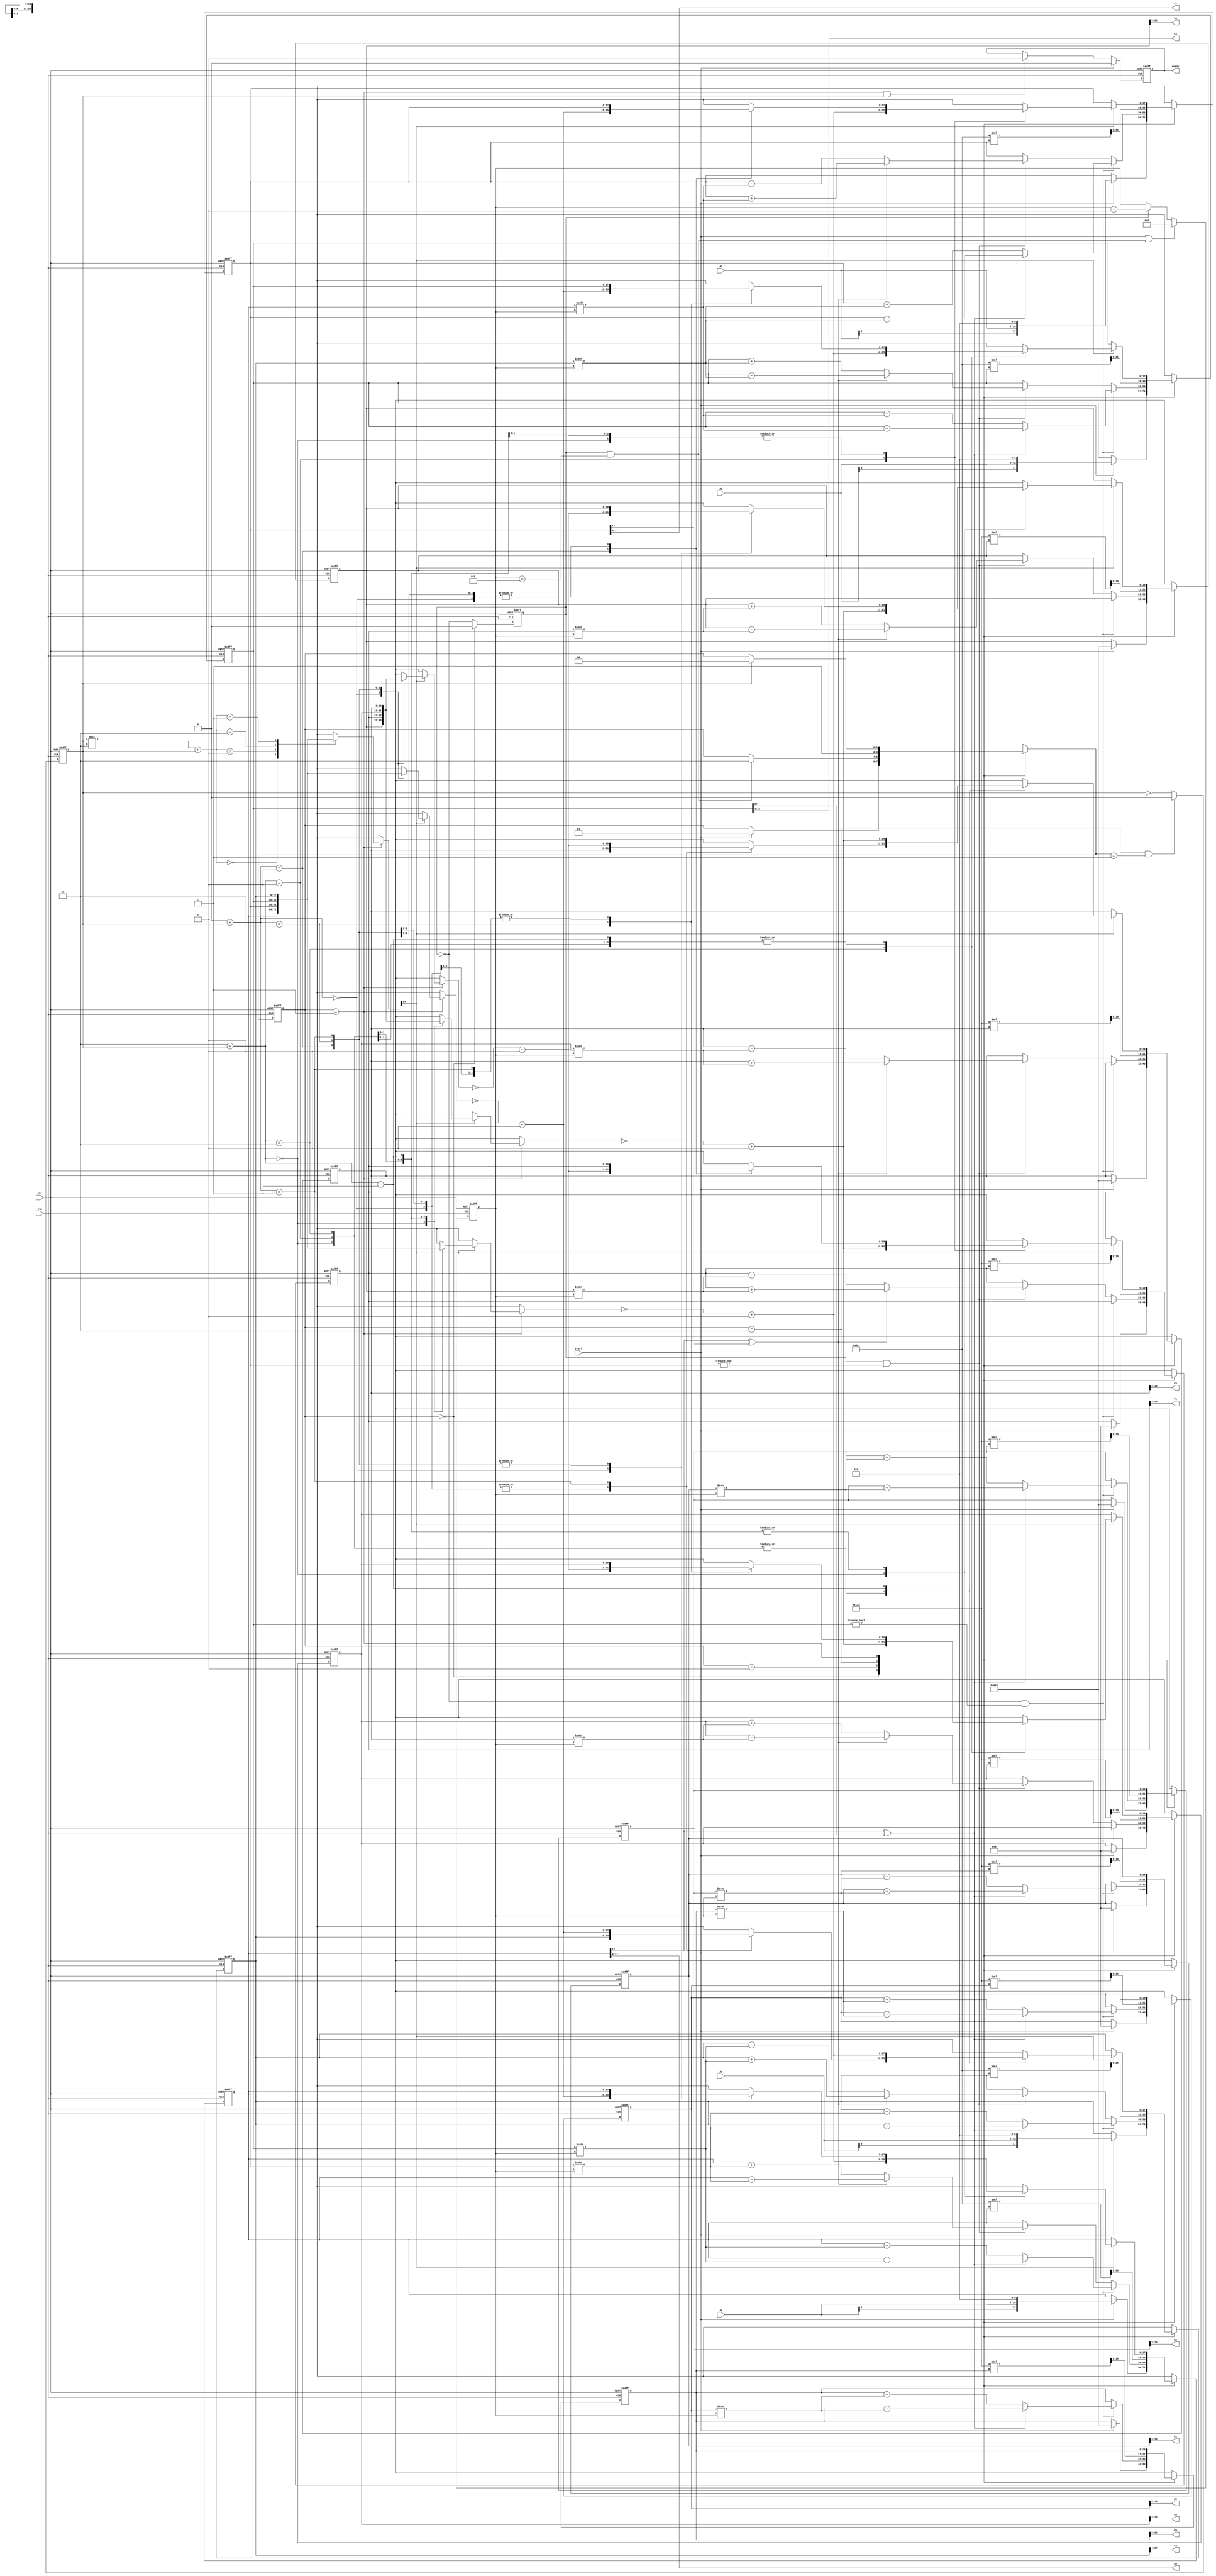
`timescale 1ns/10ps
module cordic(
	clk, 
	rst, 
	start,
	ready,
	A0, A1, A2, A3,
	U0, U1, U2, U3,
	S0, S1, S2, S3,  
	V0, V1, V2, V3
);

input                clk, rst, start;
input  signed [9:0]  A0, A1, A2, A3; //7 integer, 2 fragment

output reg           ready;
wire                 ready_next;

output signed [13:0] S0, S1, S2, S3;  //S: 8 integer, 5 fragment
output signed [7:0]  U0, U1, U2, U3, V0, V1, V2, V3; // UV: 1 integer, 6 fragment
reg    signed [10:0] U[0:1][0:1],           //1 sign, 1 integer, 9 fragment
				     U_next[0:1][0:1],
				     V[0:1][0:1],
				     V_next[0:1][0:1];
reg    signed [17:0] S[0:1][0:1],           //1 sign, 8 integer, 9 fragment
				     S_next[0:1][0:1];

reg                  uv_count;
wire                 uv_count_next;
reg    		  [3:0]  i_count;
wire   		  [3:0]  i_count_next;
reg                  ref_count;
wire                 ref_count_next;
reg           [1:0]  state, 
                     state_next;

reg    signed [26:0] temp_S[0:1][0:1];
reg    signed [19:0] temp_U[0:1][0:1],
					 temp_V[0:1][0:1];


parameter UV_COUNT  = 1'd1;
parameter I_COUNT   = 4'd9;
parameter REF_COUNT = 1'd1;

parameter WAIT      = 2'd0;
parameter ROTATE    = 2'd1;
parameter MULTIPLY  = 2'd2;
parameter REFLECT   = 2'd3;

wire signed [17:0] KS  = 18'b0_0000_0000_010_111_100;
wire signed [10:0] KUV = 11'b0_0_100_110_101;

integer i, j;

assign uv_count_next  = (state == WAIT)? 1'd0: ~uv_count;
assign i_count_next   = (start == 1'd1 || (uv_count == UV_COUNT && i_count == I_COUNT))? 
                            4'd0: (uv_count == UV_COUNT)? i_count + 4'd1: i_count;
assign ref_count_next = (state == MULTIPLY && state_next == REFLECT)? 1'd0: ~ref_count;
assign ready_next = (start == 1'd1)? 1'd0: (state == REFLECT && ref_count == REF_COUNT)? 1'd1: ready;

assign S0 = S[0][0] >>> 4;
assign S1 = S[0][1] >>> 4;
assign S2 = S[1][0] >>> 4;
assign S3 = S[1][1] >>> 4;

assign U0 = U[0][0] >>> 3;
assign U1 = U[0][1] >>> 3;
assign U2 = U[1][0] >>> 3;
assign U3 = U[1][1] >>> 3;

assign V0 = V[0][0] >>> 3;
assign V1 = V[0][1] >>> 3;
assign V2 = V[1][0] >>> 3;
assign V3 = V[1][1] >>> 3;

// calculation state
always@(*) begin
	state_next = state;
	case(state)
		WAIT:     if(start == 1'd1) state_next = ROTATE;
		ROTATE:   if(uv_count == UV_COUNT && i_count == I_COUNT) state_next = MULTIPLY;
		MULTIPLY: state_next = REFLECT;
		REFLECT:  if(ref_count == REF_COUNT) state_next = WAIT;
	endcase
end

always@(*) begin
	S_next[0][0] = S[0][0];
	S_next[0][1] = S[0][1];
	S_next[1][0] = S[1][0];
	S_next[1][1] = S[1][1];

	U_next[0][0] = U[0][0];
	U_next[0][1] = U[0][1];
	U_next[1][0] = U[1][0];
	U_next[1][1] = U[1][1];

	V_next[0][0] = V[0][0];
	V_next[0][1] = V[0][1];
	V_next[1][0] = V[1][0];
	V_next[1][1] = V[1][1];

	case(state)
		WAIT: begin
			if(start == 1'd1) begin
				S_next[0][0] = $signed({ {2{A0[9]}}, A0[8:0], 7'b0 });
				S_next[0][1] = $signed({ {2{A1[9]}}, A1[8:0], 7'b0 });
				S_next[1][0] = $signed({ {2{A2[9]}}, A2[8:0], 7'b0 });
				S_next[1][1] = $signed({ {2{A3[9]}}, A3[8:0], 7'b0 });

				U_next[0][0] = 11'd512;
				U_next[0][1] = 11'd0;
				U_next[1][0] = 11'd0;
				U_next[1][1] = 11'd512;

				V_next[0][0] = 11'd512;
				V_next[0][1] = 11'd0;
				V_next[1][0] = 11'd0;
				V_next[1][1] = 11'd512;
			end
		end
		ROTATE: begin
		    if(uv_count == 1'd0 && S[1][0] != $signed(18'd0)) begin // left rotation, U
			    if(S[0][0][17] ^ S[1][0][17]) begin
				    S_next[0][0] = S[0][0] - (S[1][0] >>> i_count);
				    S_next[1][0] = S[1][0] + (S[0][0] >>> i_count);
				    S_next[0][1] = S[0][1] - (S[1][1] >>> i_count);
				    S_next[1][1] = S[1][1] + (S[0][1] >>> i_count);
    
				    U_next[0][0] = U[0][0] - (U[0][1] >>> i_count);
				    U_next[0][1] = U[0][1] + (U[0][0] >>> i_count);
				    U_next[1][0] = U[1][0] - (U[1][1] >>> i_count);
				    U_next[1][1] = U[1][1] + (U[1][0] >>> i_count);
				end
				else begin
				    S_next[0][0] = S[0][0] + (S[1][0] >>> i_count);
				    S_next[1][0] = S[1][0] - (S[0][0] >>> i_count);
				    S_next[0][1] = S[0][1] + (S[1][1] >>> i_count);
				    S_next[1][1] = S[1][1] - (S[0][1] >>> i_count);
				    
				    U_next[0][0] = U[0][0] + (U[0][1] >>> i_count);
				    U_next[0][1] = U[0][1] - (U[0][0] >>> i_count);
				    U_next[1][0] = U[1][0] + (U[1][1] >>> i_count);
				    U_next[1][1] = U[1][1] - (U[1][0] >>> i_count);
				end
			end
			else if(uv_count == 1'd1 && S[0][1] != $signed(18'd0))begin
				if(S[0][0][17] ^ S[0][1][17]) begin // right rotation V
				    S_next[0][0] = S[0][0] - (S[0][1] >>> i_count);
				    S_next[0][1] = S[0][1] + (S[0][0] >>> i_count);
				    S_next[1][0] = S[1][0] - (S[1][1] >>> i_count);
				    S_next[1][1] = S[1][1] + (S[1][0] >>> i_count);
    
				    V_next[0][0] = V[0][0] - (V[0][1] >>> i_count);
				    V_next[0][1] = V[0][1] + (V[0][0] >>> i_count);
				    V_next[1][0] = V[1][0] - (V[1][1] >>> i_count);
				    V_next[1][1] = V[1][1] + (V[1][0] >>> i_count);
				end
				else begin
				    S_next[0][0] = S[0][0] + (S[0][1] >>> i_count);
				    S_next[0][1] = S[0][1] - (S[0][0] >>> i_count);
				    S_next[1][0] = S[1][0] + (S[1][1] >>> i_count);
				    S_next[1][1] = S[1][1] - (S[1][0] >>> i_count);
				    
				    V_next[0][0] = V[0][0] + (V[0][1] >>> i_count);
				    V_next[0][1] = V[0][1] - (V[0][0] >>> i_count);
				    V_next[1][0] = V[1][0] + (V[1][1] >>> i_count);
				    V_next[1][1] = V[1][1] - (V[1][0] >>> i_count);
				end
			end
		end
		MULTIPLY: begin
			temp_S[0][0] = KS * S[0][0];
			temp_S[0][1] = KS * S[0][1];
			temp_S[1][0] = KS * S[1][0];
			temp_S[1][1] = KS * S[1][1];

			temp_U[0][0] = KUV * U[0][0];
			temp_U[0][1] = KUV * U[0][1];
			temp_U[1][0] = KUV * U[1][0];
			temp_U[1][1] = KUV * U[1][1];

			temp_V[0][0] = KUV * V[0][0];
			temp_V[0][1] = KUV * V[0][1];
			temp_V[1][0] = KUV * V[1][0];
			temp_V[1][1] = KUV * V[1][1];

			S_next[0][0] = temp_S[0][0] >>> 9;//3;
			S_next[0][1] = temp_S[0][1] >>> 9;//3;
			S_next[1][0] = temp_S[1][0] >>> 9;//3;
			S_next[1][1] = temp_S[1][1] >>> 9;//3;

			U_next[0][0] = temp_U[0][0] >>> 9;//3;
			U_next[0][1] = temp_U[0][1] >>> 9;//3;
			U_next[1][0] = temp_U[1][0] >>> 9;//3;
			U_next[1][1] = temp_U[1][1] >>> 9;//3;

			V_next[0][0] = temp_V[0][0] >>> 9;//3;
			V_next[0][1] = temp_V[0][1] >>> 9;//3;
			V_next[1][0] = temp_V[1][0] >>> 9;//3;
			V_next[1][1] = temp_V[1][1] >>> 9;//3;
		end
		REFLECT: begin
			if(S[ref_count][ref_count][17] == 1'd1) begin
				S_next[0][ref_count] = $signed(~S[0][ref_count] + 18'd1);
				S_next[1][ref_count] = $signed(~S[1][ref_count] + 18'd1);
				V_next[0][ref_count] = $signed(~V[0][ref_count] + 11'd1);
				V_next[1][ref_count] = $signed(~V[1][ref_count] + 11'd1);
			end
		end
	endcase

end

always@(posedge clk or negedge rst) begin
	if(!rst) begin
		for(i = 0; i != 2; i = i + 1) begin
			for(j = 0; j != 2; j = j + 1) begin
				S[i][j] <= 18'd0;
				U[i][j] <= 11'd0;
				V[i][j] <= 11'd0;
			end
		end
		ready     <= 1'd1;
		uv_count  <= 1'd0;
		i_count   <= 4'd0;
		ref_count <= 1'd0;
		state     <= WAIT;
	end
	else begin
		for(i = 0; i != 2; i = i + 1) begin
			for(j = 0; j != 2; j = j + 1) begin
				S[i][j] <= S_next[i][j];
				U[i][j] <= U_next[i][j];
				V[i][j] <= V_next[i][j];
			end
		end
		ready     <= ready_next;
		uv_count  <= uv_count_next;
		i_count   <= i_count_next;
		ref_count <= ref_count_next;
		state     <= state_next;
	end
end

endmodule